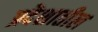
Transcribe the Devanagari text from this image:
प्रदॆशातील